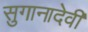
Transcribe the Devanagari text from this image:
सुगानादेवी